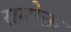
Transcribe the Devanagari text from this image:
रामोक्त